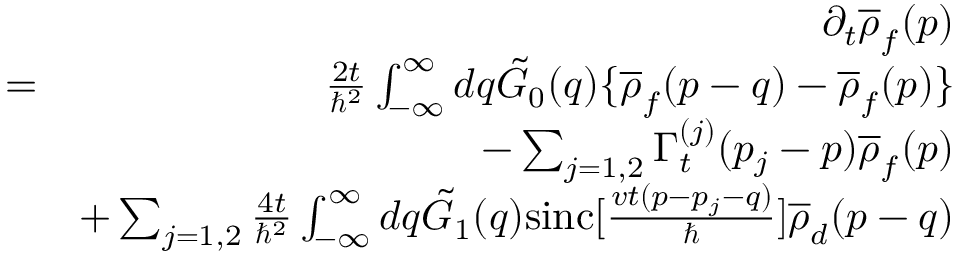
\begin{array} { r l r } & { } & { \partial _ { t } \overline { { \rho } } _ { f } ( p ) } \\ & { = } & { \frac { 2 t } { \hbar ^ { 2 } } \int _ { - \infty } ^ { \infty } d q \tilde { G } _ { 0 } ( q ) \{ \overline { { \rho } } _ { f } ( p - q ) - \overline { { \rho } } _ { f } ( p ) \} } \\ & { } & { - \sum _ { j = 1 , 2 } \Gamma _ { t } ^ { ( j ) } ( p _ { j } - p ) \overline { { \rho } } _ { f } ( p ) } \\ & { } & { + \sum _ { j = 1 , 2 } \frac { 4 t } { \hbar ^ { 2 } } \int _ { - \infty } ^ { \infty } d q \tilde { G } _ { 1 } ( q ) \mathrm { s i n c } [ \frac { v t ( p - p _ { j } - q ) } { \hbar } ] \overline { { \rho } } _ { d } ( p - q ) } \end{array}